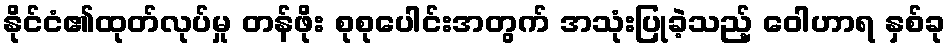
နိုင်ငံ၏ထုတ်လုပ်မှု တန်ဖိုး စုစုပေါင်းအတွက် အသုံးပြုခဲ့သည့် ဝေါဟာရ နှစ်ခု